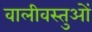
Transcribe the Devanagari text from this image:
वालीवस्तुओं